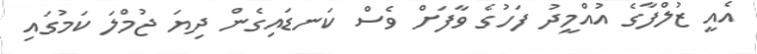
އެއީ ޒުލްފާގެ އުއްމީދު ފަހުގެ ވާފަށް ވެސް ކަނޑައިގެން ދިޔަ ޖުމްލަ ކަމުގައި